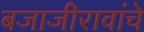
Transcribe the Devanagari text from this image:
बजाजीरावांचे